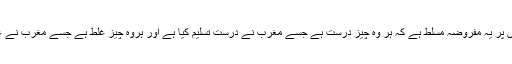
ان کے ذہنوں پر یہ مفروضہ مسلط ہے کہ ہر وہ چیز درست ہے جسے مغرب نے درست تسلیم کیا ہے اور ہروہ چیز غلط ہے جسے مغرب نے غلط کہا ہے۔